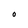
Character: O